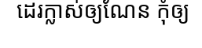
ដេរក្លាស់ឲ្យណែន កុំឲ្យ